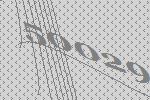
50029